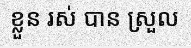
ខ្លួន រស់ បាន ស្រួល